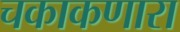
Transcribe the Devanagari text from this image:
चकाकणारा